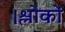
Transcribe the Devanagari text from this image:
।श्लोकों